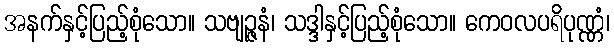
အနက်နှင့်ပြည့်စုံသော။ သဗျဉ္ဇနံ၊ သဒ္ဒါနှင့်ပြည့်စုံသော။ ကေဝလပရိပုဏ္ဏံ၊